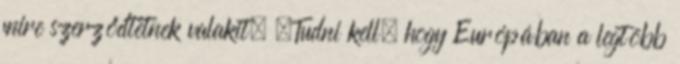
mire szerződtetnek valakit. „Tudni kell, hogy Európában a legtöbb